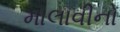
માલાવીનો